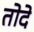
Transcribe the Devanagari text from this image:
तोदे